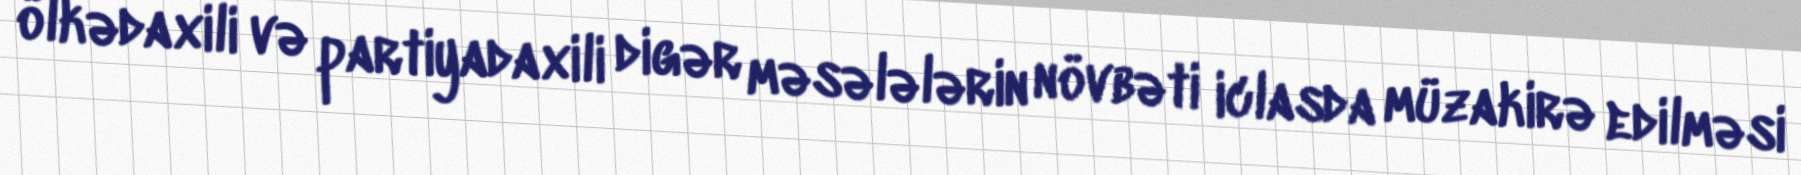
ölkədaxili və partiyadaxili digər məsələlərin növbəti iclasda müzakirə edilməsi